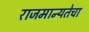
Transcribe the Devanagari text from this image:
राजमान्यतेचा